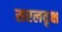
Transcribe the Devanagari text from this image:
सरलवृक्ष